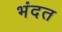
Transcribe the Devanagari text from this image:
भंदत